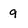
Character: 9